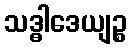
သဒ္ဓါဒေယျဉ္စ